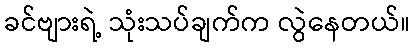
ခင်ဗျားရဲ့ သုံးသပ်ချက်က လွဲနေတယ်။